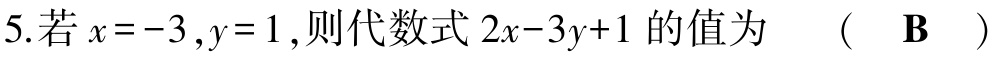
5.若\(x = -3,y = 1\)，则代数式\(2x - 3y + 1\)的值为  （  \(\mathbf{B}\)  ）